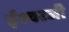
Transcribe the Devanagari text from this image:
ईश्वरजी